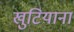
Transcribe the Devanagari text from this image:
खुटियाना